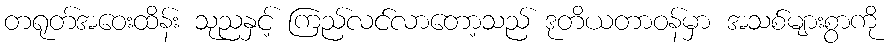
တရုတ်အဝေးထိန်း သုညနှင့် ကြည်လင်လာတော့သည် ဒုတိယတာဝန်မှာ အသစ်များစွာကို